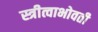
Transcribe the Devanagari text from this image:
स्त्रीत्वाभोवती